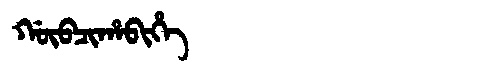
Manchu: ᡤᡡᠪᠴᡳᡥᠠᠪᡳᡥᡝ
Romanization: GŪBCIHABIHE